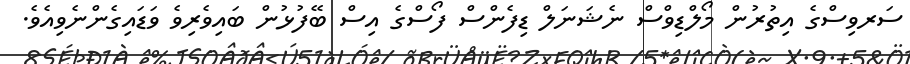
ސަރވިސްގެ އިތުރުން މޯލްޑިވްސް ނެޝަނަލް ޑިފެންސް ފޯސްގެ އިސް ބޭފުޅުން ބައިވެރިވެ ވަޑައިގެންނެވިއެވެ.